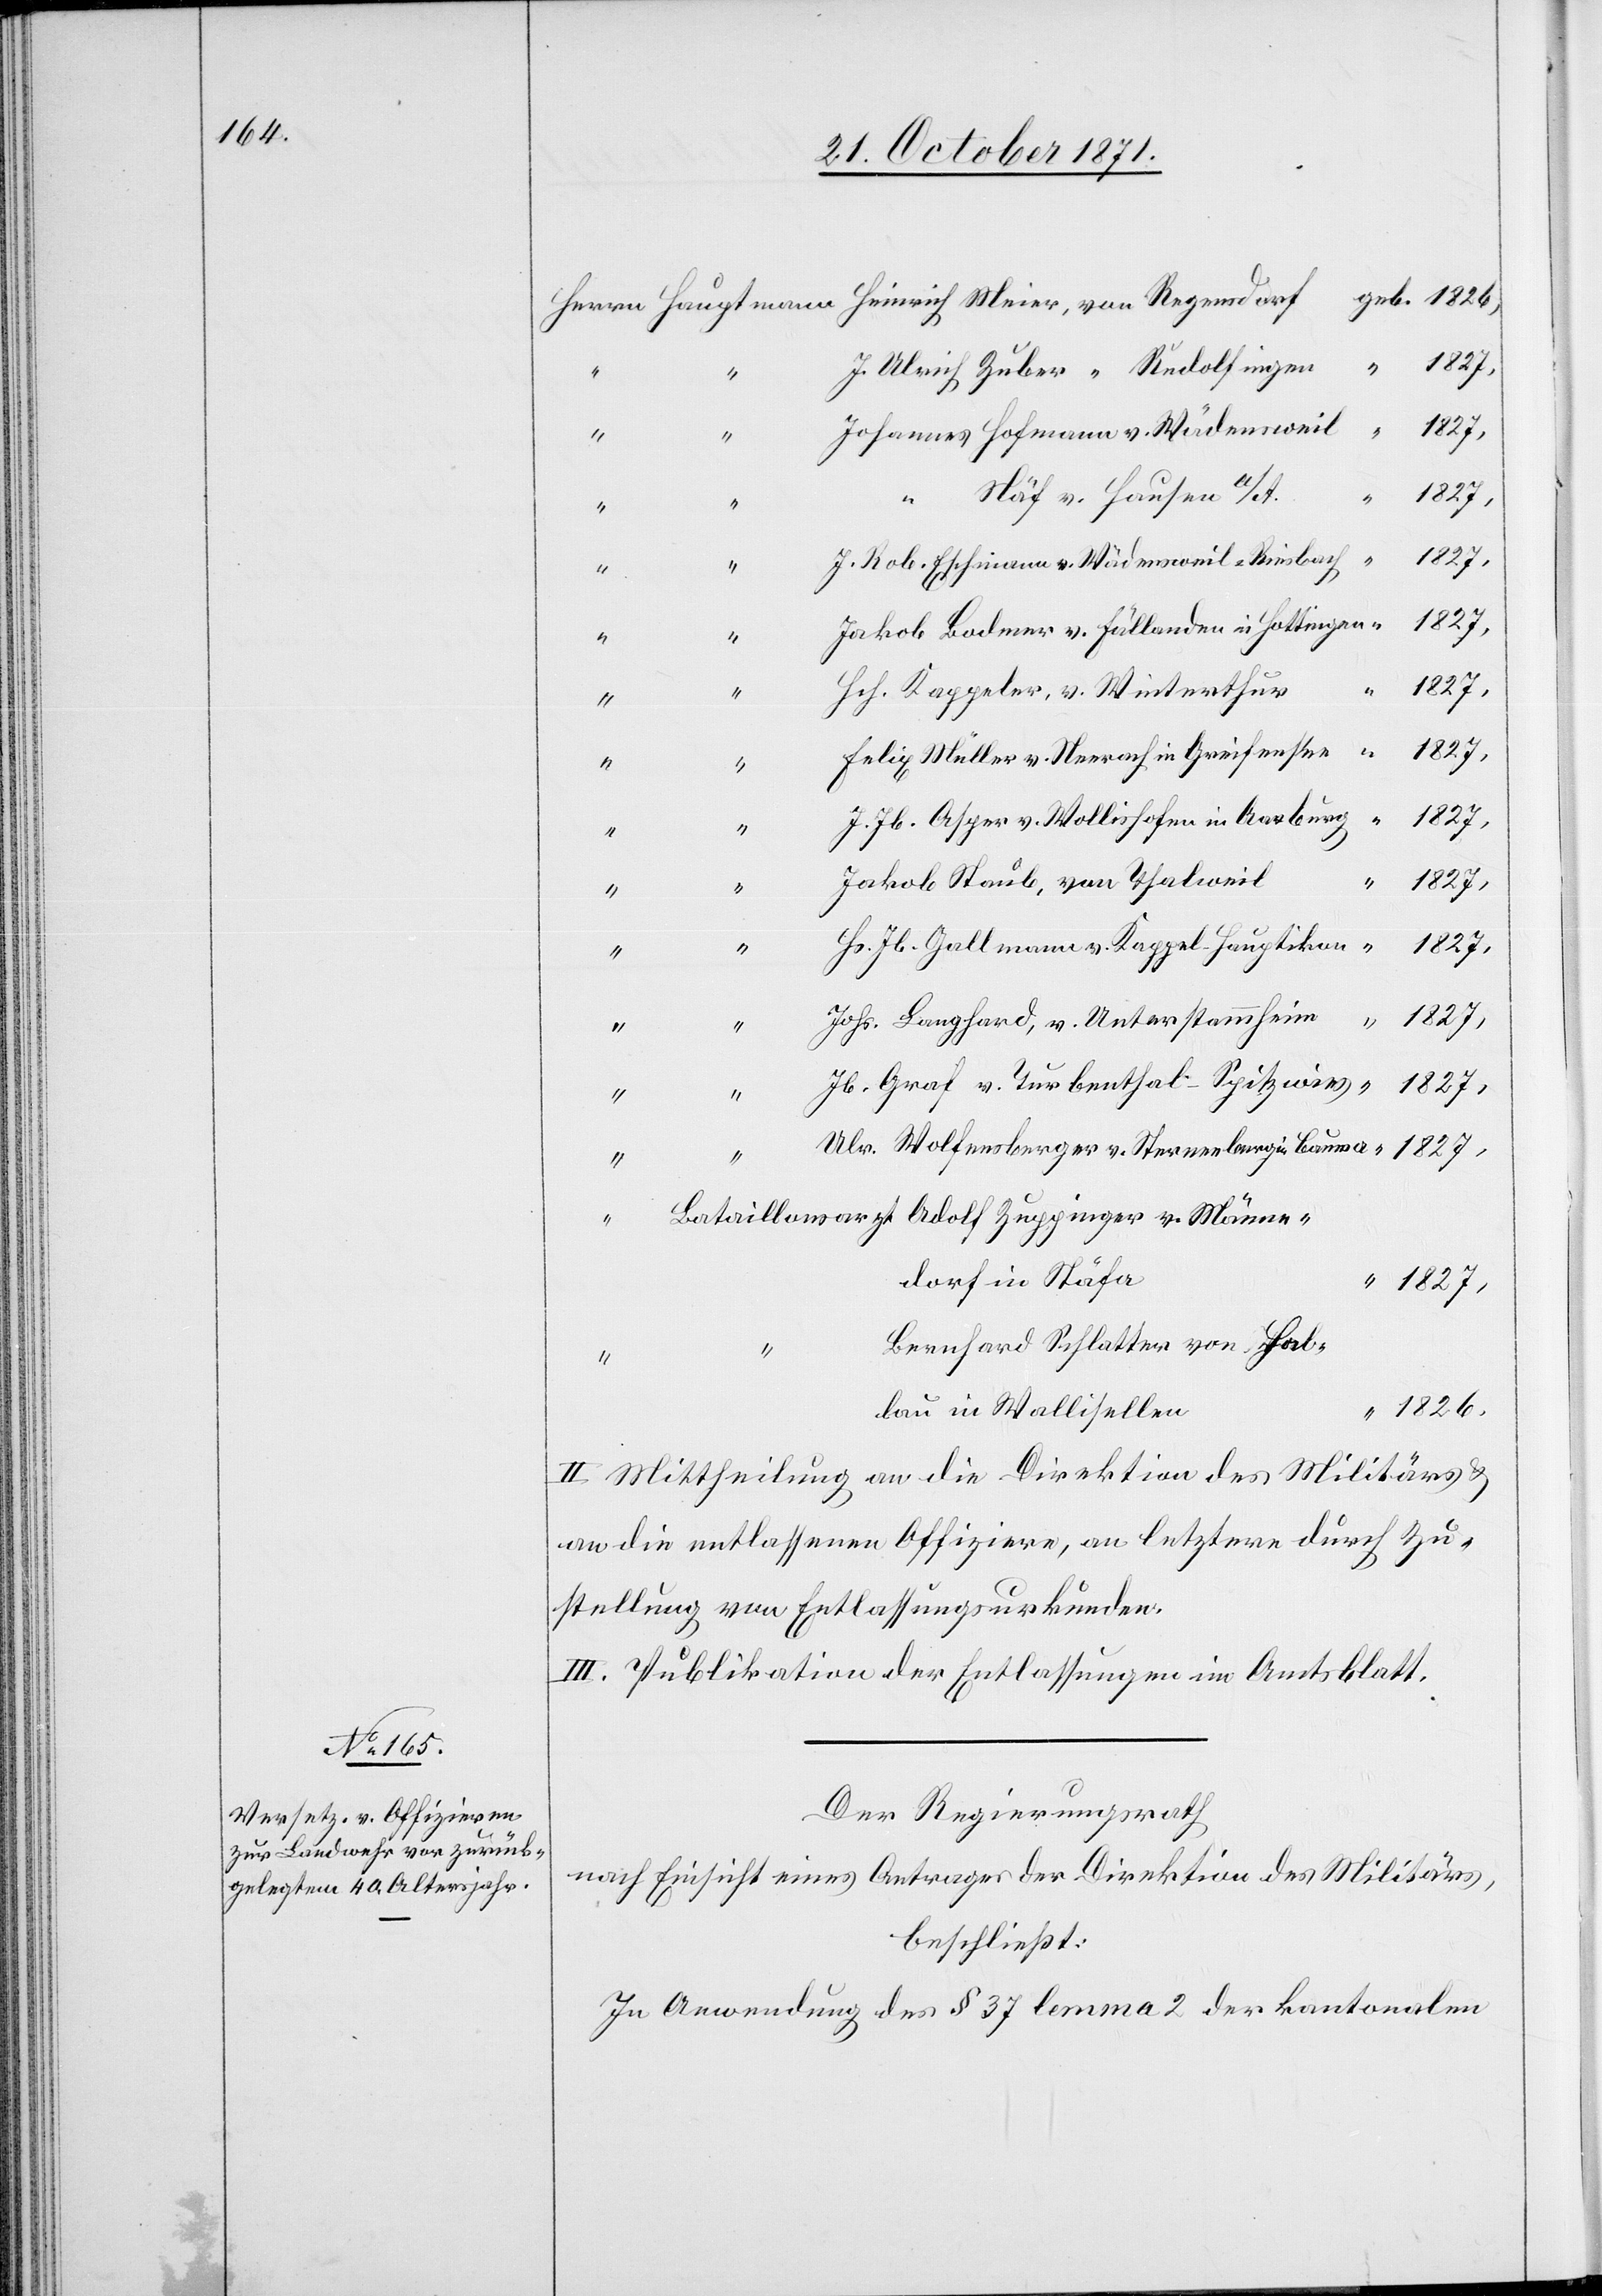
Hab¬
1827,
“
1827,
Schlatter,
von
dorf in Stäfa
lau in Wallisellen
1826
II. Mittheilung an die Direktion des Militärs &
an die entlassenen Offiziere, an letztere durch Zu¬
stellung von Entlassungsurkunden.
III. Publikation der Entlassungen im Amtsblatt.
Der Regierungsrath
nach Einsicht eines Antrages der Direktion des Militärs,
beschließt:
In Anwendung des § 37 lemma 2 der kantonalen